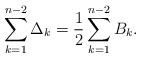
LaTeX: \begin{align*}\sum_{k=1}^{n-2} \Delta_k=\frac{1}{2} \sum_{k=1}^{n-2}B_k.\end{align*}